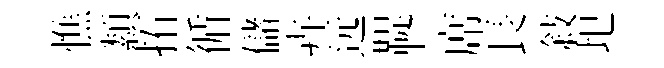
憔纇拓循儲卉远鞮席長敍圯